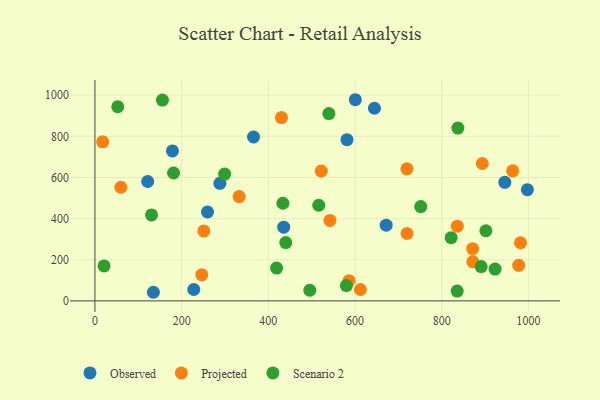
{"axis": {"x": "Ad Spend", "y": "Profit"}, "legend": ["Observed", "Projected", "Scenario 2"], "data": [{"x": "178.9", "y": 729.0, "type": "Observed"}, {"x": "600.5", "y": 977.9, "type": "Observed"}, {"x": "997.3", "y": 540.7, "type": "Observed"}, {"x": "945.3", "y": 576.2, "type": "Observed"}, {"x": "644.6", "y": 936.4, "type": "Observed"}, {"x": "259.7", "y": 432.2, "type": "Observed"}, {"x": "134.9", "y": 41.9, "type": "Observed"}, {"x": "121.7", "y": 580.4, "type": "Observed"}, {"x": "435.4", "y": 358.2, "type": "Observed"}, {"x": "365.8", "y": 796.7, "type": "Observed"}, {"x": "581.3", "y": 783.9, "type": "Observed"}, {"x": "671.7", "y": 368.2, "type": "Observed"}, {"x": "288.2", "y": 571.5, "type": "Observed"}, {"x": "228.0", "y": 55.4, "type": "Observed"}, {"x": "981.5", "y": 282.6, "type": "Projected"}, {"x": "430.2", "y": 891.2, "type": "Projected"}, {"x": "612.3", "y": 55.4, "type": "Projected"}, {"x": "893.4", "y": 667.8, "type": "Projected"}, {"x": "871.4", "y": 190.4, "type": "Projected"}, {"x": "17.8", "y": 773.4, "type": "Projected"}, {"x": "977.2", "y": 172.9, "type": "Projected"}, {"x": "586.0", "y": 98.4, "type": "Projected"}, {"x": "719.5", "y": 641.8, "type": "Projected"}, {"x": "521.8", "y": 631.5, "type": "Projected"}, {"x": "871.0", "y": 253.8, "type": "Projected"}, {"x": "59.8", "y": 552.4, "type": "Projected"}, {"x": "246.5", "y": 127.6, "type": "Projected"}, {"x": "963.4", "y": 632.3, "type": "Projected"}, {"x": "835.7", "y": 363.0, "type": "Projected"}, {"x": "251.2", "y": 340.0, "type": "Projected"}, {"x": "332.6", "y": 507.0, "type": "Projected"}, {"x": "719.7", "y": 327.5, "type": "Projected"}, {"x": "542.0", "y": 391.1, "type": "Projected"}, {"x": "751.4", "y": 458.3, "type": "Scenario 2"}, {"x": "922.8", "y": 154.8, "type": "Scenario 2"}, {"x": "155.7", "y": 976.1, "type": "Scenario 2"}, {"x": "539.5", "y": 910.7, "type": "Scenario 2"}, {"x": "901.6", "y": 341.0, "type": "Scenario 2"}, {"x": "580.0", "y": 74.7, "type": "Scenario 2"}, {"x": "181.4", "y": 621.6, "type": "Scenario 2"}, {"x": "821.5", "y": 307.3, "type": "Scenario 2"}, {"x": "516.2", "y": 464.9, "type": "Scenario 2"}, {"x": "299.2", "y": 616.4, "type": "Scenario 2"}, {"x": "130.6", "y": 418.0, "type": "Scenario 2"}, {"x": "433.5", "y": 474.6, "type": "Scenario 2"}, {"x": "21.1", "y": 169.9, "type": "Scenario 2"}, {"x": "419.0", "y": 159.4, "type": "Scenario 2"}, {"x": "890.7", "y": 166.8, "type": "Scenario 2"}, {"x": "495.5", "y": 51.7, "type": "Scenario 2"}, {"x": "440.1", "y": 283.3, "type": "Scenario 2"}, {"x": "52.7", "y": 943.7, "type": "Scenario 2"}, {"x": "837.1", "y": 840.0, "type": "Scenario 2"}, {"x": "835.4", "y": 47.6, "type": "Scenario 2"}]}